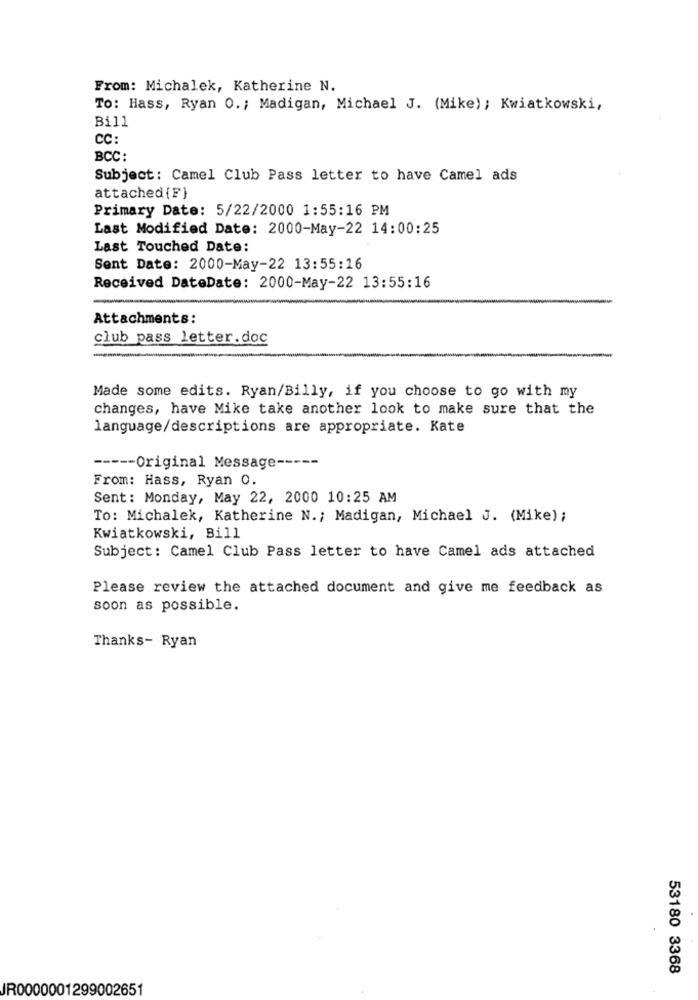
From: Michalek, Katherine N.
To: Hass, Ryan O .; Madigan, Michael J. (Mike); Kwiatkowski,
Bill
CC:
BCC:
Subject: Camel Club Pass letter to have Camel ads
attached {F)
Primary Date: 5/22/2000 1:55:16 PM
Last Modified Date: 2000-May-22 14:00:25
Last Touched Date:
Sent Date: 2000-May-22 13:55:16
Received DateDate: 2000-May-22 13:55:16
Attachments:
club pass letter.doc
Made some edits. Ryan/Billy, if you choose to go with my
changes, have Mike take another look to make sure that the
language/descriptions are appropriate. Kate
----- Original Message -----
From: Hass, Ryan 0.
Sent: Monday, May 22, 2000 10:25 AM
To: Michalek, Katherine N .; Madigan, Michael J. (Mike);
Kwiatkowski, Bill
Subject: Camel Club Pass letter to have Camel ads attached
Please review the attached document and give me feedback as
soon as possible.
Thanks- Ryan
53180 3368
JR0000001299002651